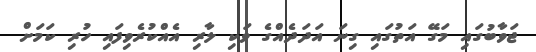
ޖަވާބުގައި މަގޭ އަތުގައި ގިނަ އަދަދެއްގެ ވަކި ލާރި އެއްކުރެވިފައި ހުރި ކަމަށް